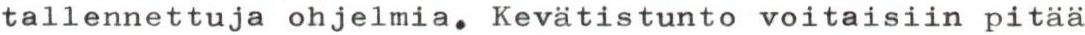
tallennettuja ohjelmia. Kevätistunto voitaisiin pitää